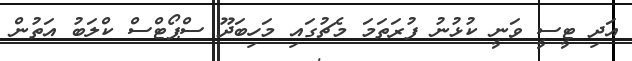
އަދި ޓީސީ ވަނީ ކުޅުނު ފުރަތަމަ މެޗުގައި މަހިބަދޫ ސްޕޯޓްސް ކްލަބު އަތުން